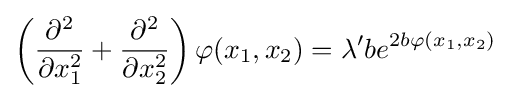
\left({\frac {\partial ^{2}}{\partial x_{1}^{2}}}+{\frac {\partial ^{2}}{\partial x_{2}^{2}}}\right)\varphi (x_{1},x_{2})=\lambda 'be^{2b\varphi (x_{1},x_{2})}\